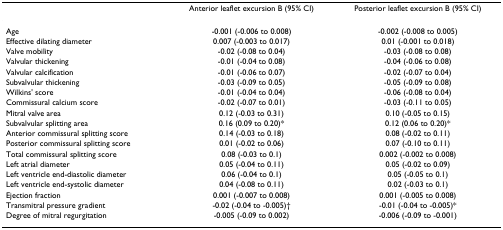
|  | Anterior leaflet excursion B (95% CI) | Posterior leaflet excursion B (95% CI) |
 | --- | --- | --- |
 | Age | -0.001 (-0.006 to 0.008) | -0.002 (-0.008 to 0.005) |
 | Effective dilating diameter | 0.007 (-0.003 to 0.017) | 0.01 (-0.001 to 0.018) |
 | Valve mobility | -0.02 (-0.08 to 0.04) | -0.03 (-0.08 to 0.08) |
 | Valvular thickening | -0.01 (-0.04 to 0.08) | -0.04 (-0.06 to 0.08) |
 | Valvular calcification | -0.01 (-0.06 to 0.07) | -0.02 (-0.07 to 0.04) |
 | Subvalvular thickening | -0.03 (-0.09 to 0.05) | -0.05 (-0.09 to 0.08) |
 | Wilkins' score | -0.01 (-0.04 to 0.04) | -0.06 (-0.08 to 0.04) |
 | Commissural calcium score | -0.02 (-0.07 to 0.01) | -0.03 (-0.11 to 0.05) |
 | Mitral valve area | 0.12 (-0.03 to 0.31) | 0.10 (-0.05 to 0.15) |
 | Subvalvular splitting area | 0.16 (0.09 to 0.20)* | 0.12 (0.06 to 0.20)* |
 | Anterior commissural splitting score | 0.14 (-0.03 to 0.18) | 0.08 (-0.02 to 0.11) |
 | Posterior commissural splitting score | 0.01 (-0.02 to 0.06) | 0.07 (-0.10 to 0.11) |
 | Total commissural splitting score | 0.08 (-0.03 to 0.1) | 0.002 (-0.002 to 0.008) |
 | Left atrial diameter | 0.05 (-0.04 to 0.11) | 0.05 (-0.02 to 0.09) |
 | Left ventricle end-diastolic diameter | 0.06 (-0.04 to 0.1) | 0.05 (-0.05 to 0.1) |
 | Left ventricle end-systolic diameter | 0.04 (-0.08 to 0.11) | 0.02 (-0.03 to 0.1) |
 | Ejection fraction | 0.001 (-0.007 to 0.008) | 0.001 (-0.005 to 0.008) |
 | Transmitral pressure gradient | -0.02 (-0.04 to -0.005)† | -0.01 (-0.04 to -0.005)* |
 | Degree of mitral regurgitation | -0.005 (-0.09 to 0.002) | -0.006 (-0.09 to -0.001) |